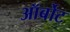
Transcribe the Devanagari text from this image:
ऑर्बोट